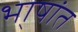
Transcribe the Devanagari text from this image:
भा्षांत